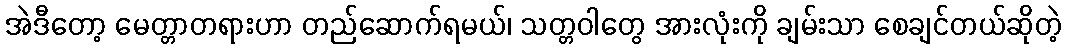
အဲဒီတော့ မေတ္တာတရားဟာ တည်ဆောက်ရမယ်၊ သတ္တဝါတွေ အားလုံးကို ချမ်းသာ စေချင်တယ်ဆိုတဲ့